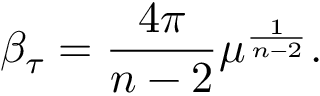
\beta _ { \tau } = \frac { 4 \pi } { n - 2 } { \mu } ^ { \frac { 1 } { n - 2 } } .